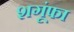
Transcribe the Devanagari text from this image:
शगूंफा